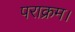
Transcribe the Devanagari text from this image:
पराक्रम।